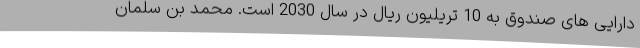
دارایی های صندوق به 10 تریلیون ریال در سال 2030 است. محمد بن سلمان